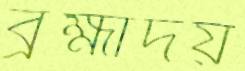
ব্রহ্মাদয়